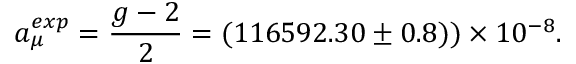
a _ { \mu } ^ { e x p } = \frac { g - 2 } { 2 } = ( 1 1 6 5 9 2 . 3 0 \pm 0 . 8 ) ) \times 1 0 ^ { - 8 } .